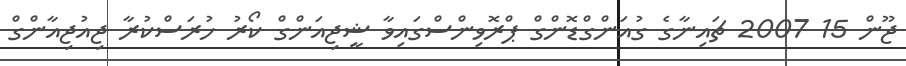
ޖޫން 15 2007 ޗައިނާގެ ގުއަންގްޑޮންގް ޕްރޮވިންސްގައިވާ ޝީޖިއަންގް ކޯރު ހުރަސްކުރާ ޖިއުޖިއާންގް